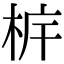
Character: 𣐼